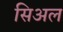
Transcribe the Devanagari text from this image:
सिअल